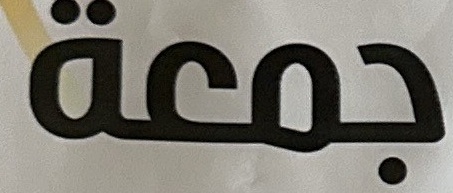
جمعة